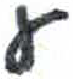
אות: ע